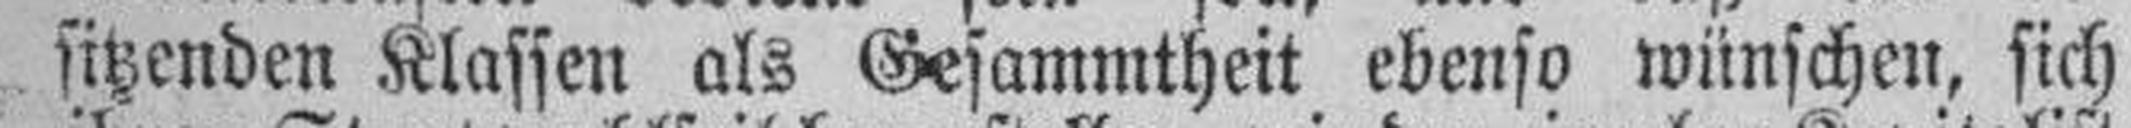
sitzenden Klassen als Gesammtheit ebenso wünschen, sich